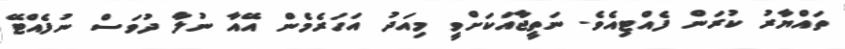
ތައްޔާރު ކުރަން ފެއްޓިއެވެ. ނަތީޖާއަކަށްވީ މިއަދު އަހަރެމެން އޭއާ ނުލާ ދުވަސް ނުފެއްޓޭ